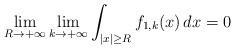
LaTeX: \begin{align*}\lim_{R \to +\infty} \lim_{k \to +\infty} \int_{\vert x \vert \geq R} f_{1,k} (x) \, dx = 0\end{align*}